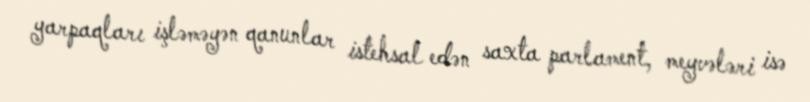
yarpaqları işləməyən qanunlar istehsal edən saxta parlament, meyvələri isə